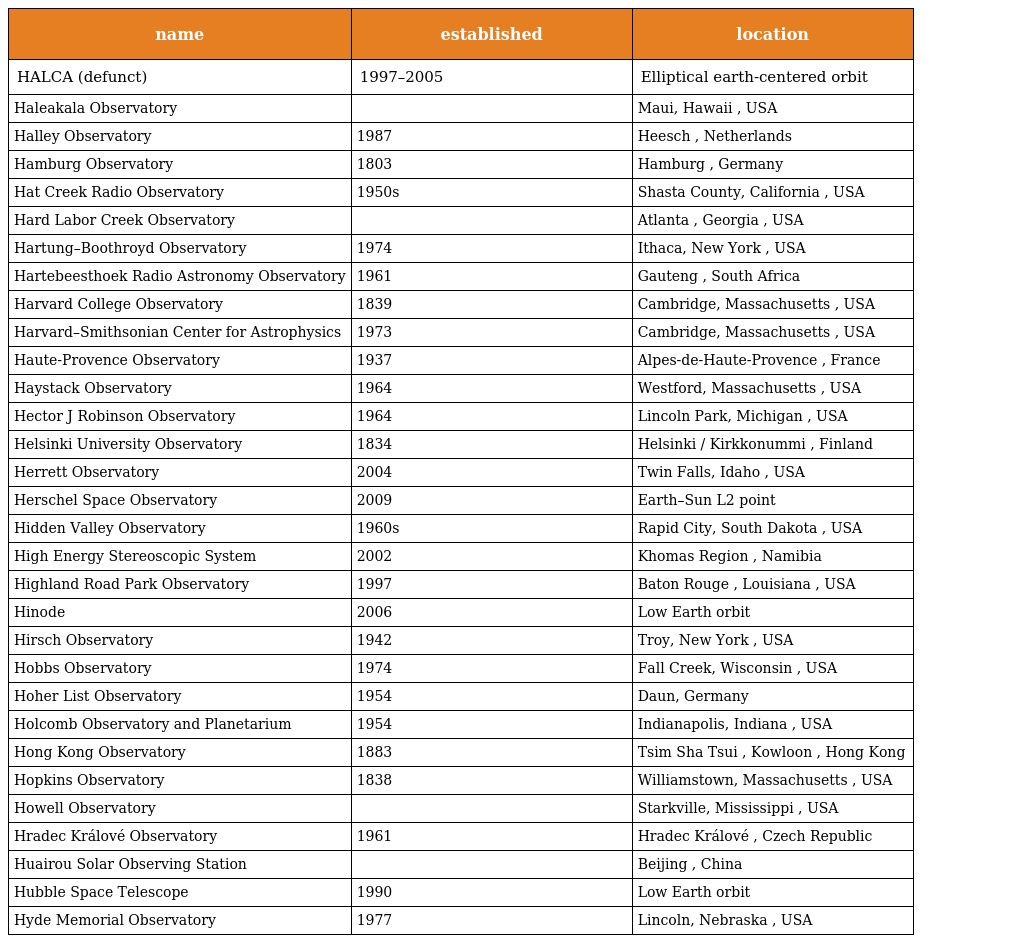
| name | established | location |
 | --- | --- | --- |
 | HALCA (defunct) | 1997–2005 | Elliptical earth-centered orbit |
 | Haleakala Observatory |  | Maui, Hawaii , USA |
 | Halley Observatory | 1987 | Heesch , Netherlands |
 | Hamburg Observatory | 1803 | Hamburg , Germany |
 | Hat Creek Radio Observatory | 1950s | Shasta County, California , USA |
 | Hard Labor Creek Observatory |  | Atlanta , Georgia , USA |
 | Hartung–Boothroyd Observatory | 1974 | Ithaca, New York , USA |
 | Hartebeesthoek Radio Astronomy Observatory | 1961 | Gauteng , South Africa |
 | Harvard College Observatory | 1839 | Cambridge, Massachusetts , USA |
 | Harvard–Smithsonian Center for Astrophysics | 1973 | Cambridge, Massachusetts , USA |
 | Haute-Provence Observatory | 1937 | Alpes-de-Haute-Provence , France |
 | Haystack Observatory | 1964 | Westford, Massachusetts , USA |
 | Hector J Robinson Observatory | 1964 | Lincoln Park, Michigan , USA |
 | Helsinki University Observatory | 1834 | Helsinki / Kirkkonummi , Finland |
 | Herrett Observatory | 2004 | Twin Falls, Idaho , USA |
 | Herschel Space Observatory | 2009 | Earth–Sun L2 point |
 | Hidden Valley Observatory | 1960s | Rapid City, South Dakota , USA |
 | High Energy Stereoscopic System | 2002 | Khomas Region , Namibia |
 | Highland Road Park Observatory | 1997 | Baton Rouge , Louisiana , USA |
 | Hinode | 2006 | Low Earth orbit |
 | Hirsch Observatory | 1942 | Troy, New York , USA |
 | Hobbs Observatory | 1974 | Fall Creek, Wisconsin , USA |
 | Hoher List Observatory | 1954 | Daun, Germany |
 | Holcomb Observatory and Planetarium | 1954 | Indianapolis, Indiana , USA |
 | Hong Kong Observatory | 1883 | Tsim Sha Tsui , Kowloon , Hong Kong |
 | Hopkins Observatory | 1838 | Williamstown, Massachusetts , USA |
 | Howell Observatory |  | Starkville, Mississippi , USA |
 | Hradec Králové Observatory | 1961 | Hradec Králové , Czech Republic |
 | Huairou Solar Observing Station |  | Beijing , China |
 | Hubble Space Telescope | 1990 | Low Earth orbit |
 | Hyde Memorial Observatory | 1977 | Lincoln, Nebraska , USA |